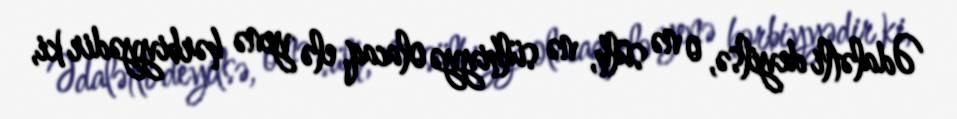
Ədalətli deyilsə, o nə sülh, nə sülhiyyə olacaq, elə yenə hərbiyyədir ki,